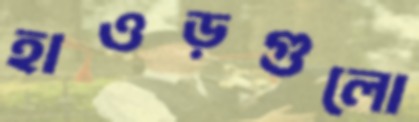
হাওড়গুলো